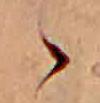
ゝ